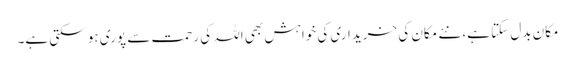
مکان بدل سکتا ہے، نئے مکان کی خریداری کی خواہش بھی اللہ کی رحمت سے پوری ہو سکتی ہے۔